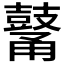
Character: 𪔜